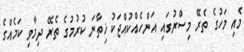
މެއި މަހުގެ ތެރޭ މިސްރުގައި އަންހެއްކުއްޖަކު ޚިތާނަ ކުރުމުގެ ތެރޭ ދިމާވި ކަމެއްގެ